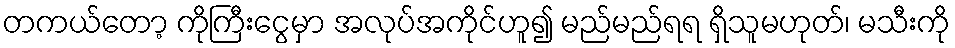
တကယ်တော့ ကိုကြီးငွေမှာ အလုပ်အကိုင်ဟူ၍ မည်မည်ရရ ရှိသူမဟုတ်၊ မသီးကို